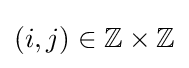
(i,j)\in \mathbb {Z} \times \mathbb {Z}